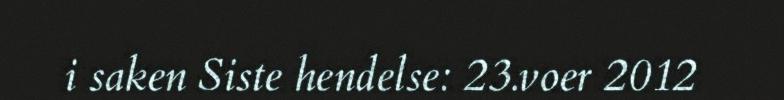
i saken Siste hendelse: 23.voer 2012